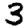
Digit: 3